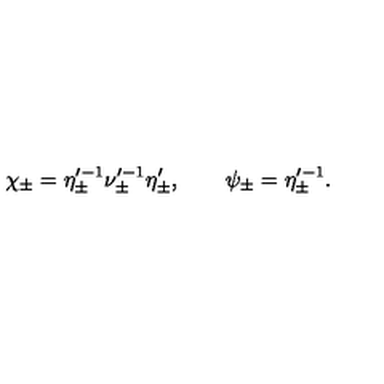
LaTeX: \chi _ { \pm } = \eta _ { \pm } ^ { \prime - 1 } \nu _ { \pm } ^ { \prime - 1 } \eta _ { \pm } ^ { \prime } , \qquad \psi _ { \pm } = \eta _ { \pm } ^ { \prime - 1 } .